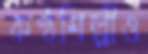
কণ্ঠশিল্পীও